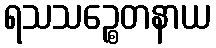
ရသသဉ္စေတနာယ